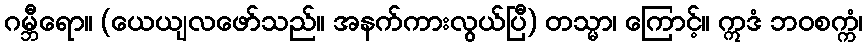
ဂမ္ဘီရော။ (ယေယျလဖော်သည်။ အနက်ကားလွယ်ပြီ) တသ္မာ၊ ကြောင့်။ ဣဒံ ဘဝစက္ကံ၊